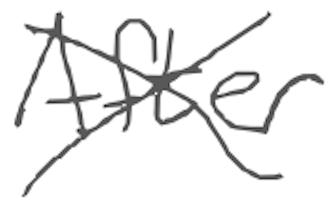
Text: After
Cross-out: cross
Writing tool: digital_gray